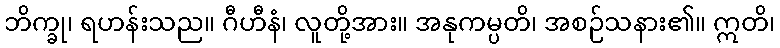
ဘိက္ခု၊ ရဟန်းသည။ ဂီဟီနံ၊ လူတို့အား။ အနုကမ္ပတိ၊ အစဉ်သနား၏။ ဣတိ၊